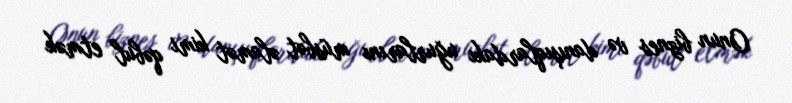
Onun biznes və danışıqlardakı uğurlarını müsbət əlamət kimi qəbul etmək